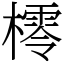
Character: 㯪